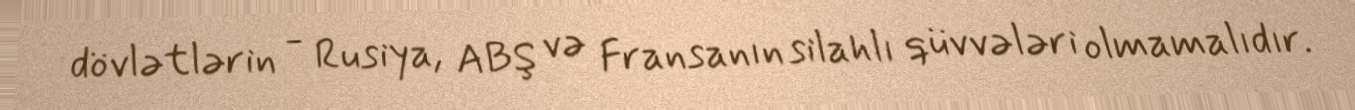
dövlətlərin - Rusiya, ABŞ və Fransanın silahlı qüvvələri olmamalıdır.